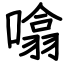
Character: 噏